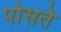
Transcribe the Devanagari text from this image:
पोसते